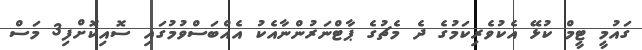
ގައުމީ ޓީމް ކުޅޭ އެކުވެރިކަމުގެ ދެ މެޗުގެ ޕާޓްނަރުންނާއެކު އެއްބަސްވުމުގައި ސޮއިކޮށްފި3 މަސް